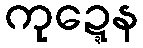
ကုဍ္ဍေန